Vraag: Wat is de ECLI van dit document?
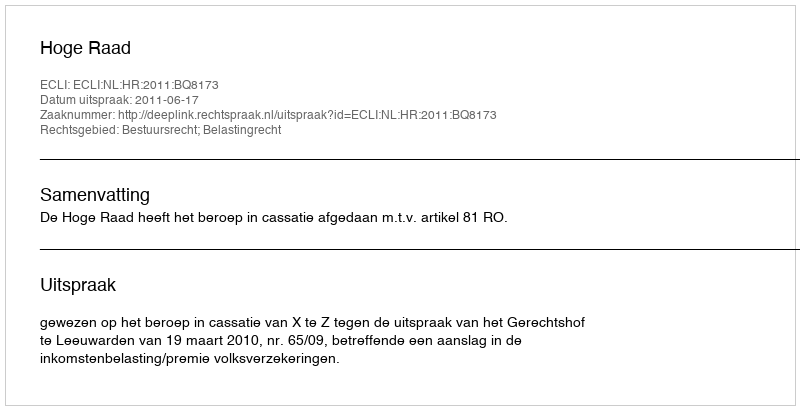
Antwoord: ECLI:NL:HR:2011:BQ8173